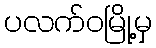
ပလက်ဝမြို့မှ